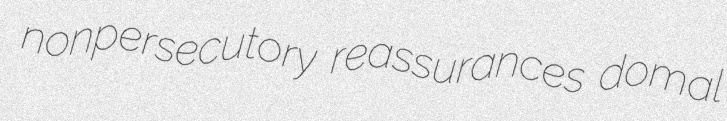
nonpersecutory reassurances domal